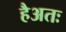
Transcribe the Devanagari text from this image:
हैअतः